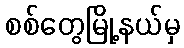
စစ်တွေမြို့နယ်မှ